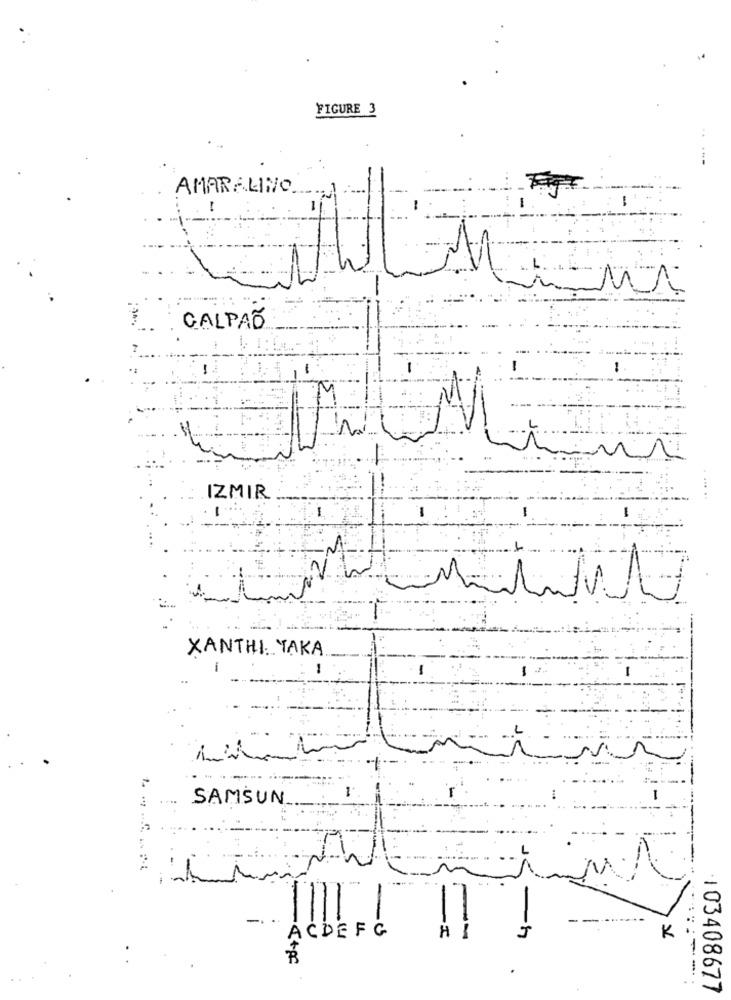
FIGURE 3
AMARALINC ..
CALPÃO
IZMIR
-
-
2
XANTHI. TAKA
-
-
SAMSUN
-
------
ACDEFG
H
-
K
1-
103408677